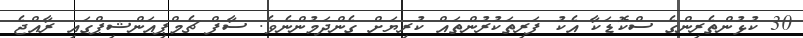
30 ކުޅުންތެރިންގެ ސްކޮޑަކާ އެކު ފަރިތަކުރުންތައް ކުރިޔަށް ގެންދަމުންނެވެ. ސާފް ޗެމްޕިއަންޝިޕްގައި ރާއްޖެ